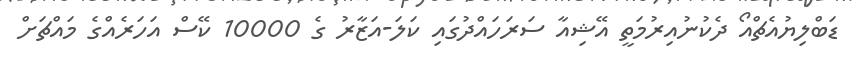
ޑަބްލިޔުއެޗްއޯ ދެކުނުއިރުމަތީ އޭޝިއާ ސަރަހައްދުގައި ކަލަ-އަޒާރު ގެ 10000 ކޭސް އަހަރެއްގެ މައްޗަށް